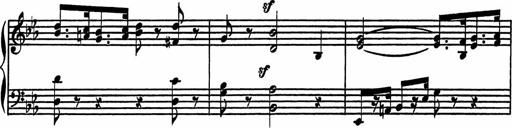
Title: 4 Piano Sonatinas
Composer: Adam Geibel